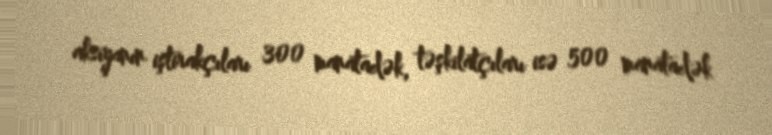
aksiyanın iştirakçıları 300 manatadək, təşkilatçıları isə 500 manatadək